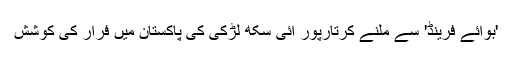
'بوائے فرینڈ' سے ملنے کرتارپور آئی سکھ لڑکی کی پاکستان میں فرار کی کوشش